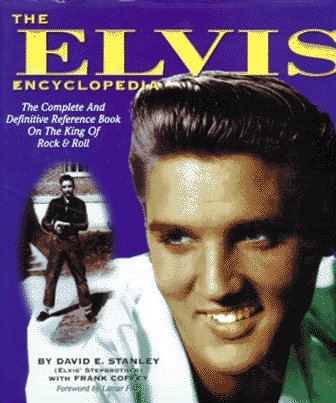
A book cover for The Elvis Encyclopedia; David E. Stanley; Humor & Entertainment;